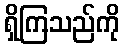
ရှိကြသည်ကို